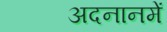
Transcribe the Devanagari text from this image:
अदनानमें